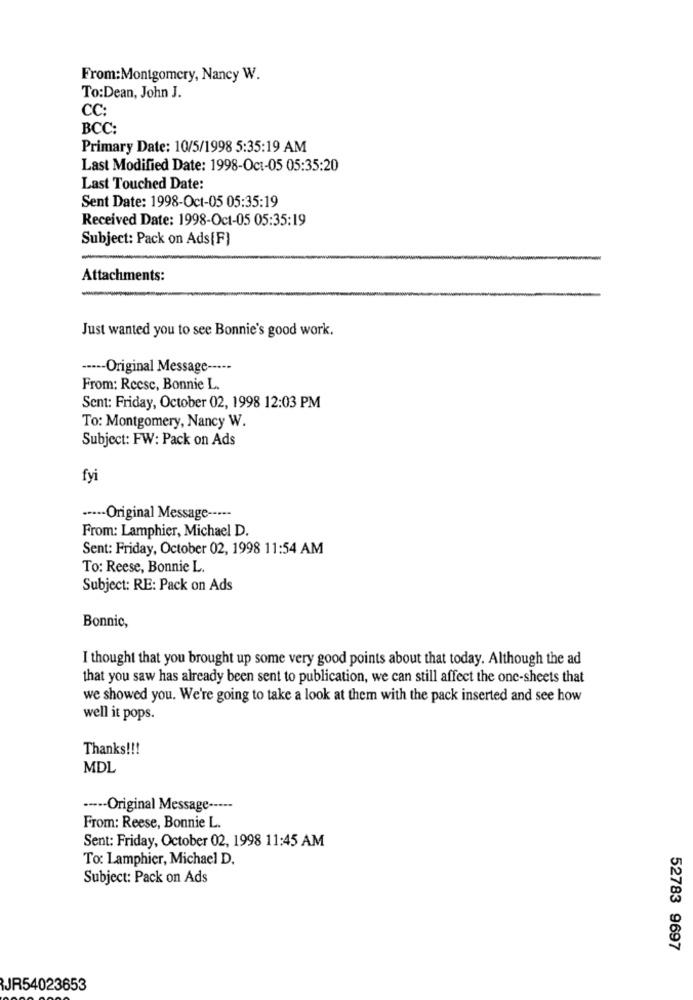
From:Montgomery, Nancy W.
To:Dean, John J.
CC:
BCC:
Primary Date: 10/5/1998 5:35:19 AM
Last Modified Date: 1998-Oct-05 05:35:20
Last Touched Date:
Sent Date: 1998-Oct-05 05:35:19
Received Date: 1998-Oct-05 05:35:19
Subject: Pack on Ads[F]
Attachments:
Just wanted you to see Bonnie's good work.
----- Original Message -----
From: Reese, Bonnie L.
Sent: Friday, October 02, 1998 12:03 PM
To: Montgomery, Nancy W.
Subject: FW: Pack on Ads
fyi
....- Original Message -----
From: Lamphier, Michael D.
Sent: Friday, October 02, 1998 11:54 AM
To: Reese, Bonnie L.
Subject: RE: Pack on Ads
Bonnic,
I thought that you brought up some very good points about that today. Although the ad
that you saw has already been sent to publication, we can still affect the one-sheets that
we showed you. We're going to take a look at them with the pack inserted and see how
well it pops.
Thanks !!!
MDL
·-··- Original Message -----
From: Reese, Bonnie L.
Sent: Friday, October 02, 1998 11:45 AM
To: Lamphier, Michael D.
Subject: Pack on Ads
52783 9697
JR54023653